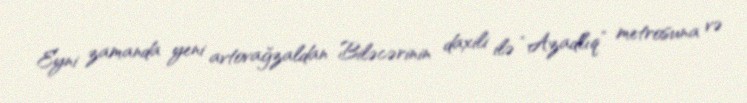
Eyni zamanda yeni avtovağzaldan Biləcərinin daxili ilə “Azadlıq” metrosuna və